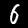
Digit: 6